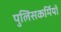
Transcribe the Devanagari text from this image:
पुलिसकर्मियों